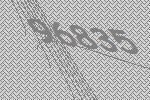
96835